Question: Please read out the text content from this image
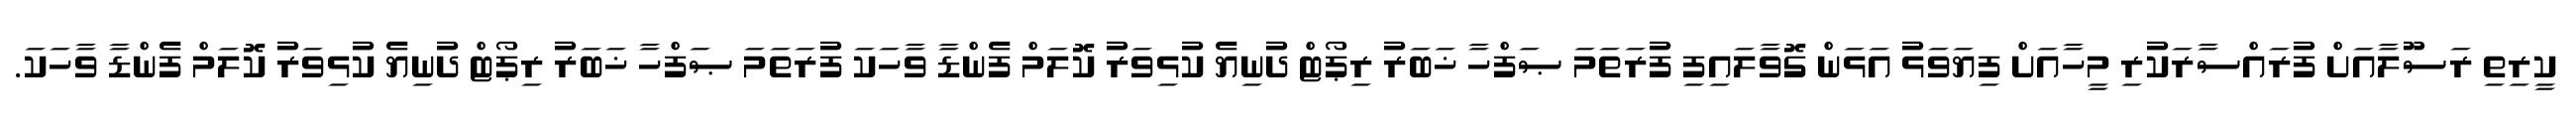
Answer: ކީރިތި ރަސޫލާއަށް ފުރައްސާރަކުރި މީހާއަށް ފިޔަވަޅު އަޅަން ގޮވާލައިފި ފުރަތަމަ ޞަފްހާ ޚަބަރު ރިޕޯޓް ދުނިޔެ ކުޅިވަރު ކޮލަމް ފެންޑާ ވާހަކަ ފުރަތަމަ ޞަފްހާ ޚަބަރު ރިޕޯޓް ދުނިޔެ ކުޅިވަރު ކޮލަމް ފެންޑާ ވާހަކަ.